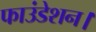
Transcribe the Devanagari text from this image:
फाउंडेशन।